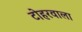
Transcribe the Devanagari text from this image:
टोहरवाला